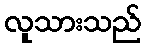
လူသားသည်